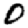
Digit: 0